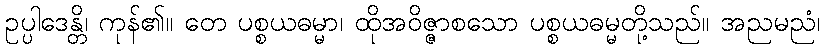
ဥပ္ပါဒေန္တိ၊ ကုန်၏။ တေ ပစ္စယဓမ္မာ၊ ထိုအဝိဇ္ဇာစသော ပစ္စယဓမ္မတို့သည်။ အညမညံ၊